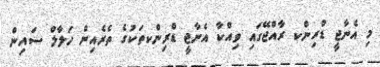
މި އެނާޖީ ޑްރިންކ ރާއްޖޭގައި ވިއްކާ އެނާޖީ ޑްރިންކތަކުގެ ތެރެއިން ހަލާލް ސައިން